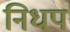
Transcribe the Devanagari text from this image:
निधप